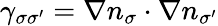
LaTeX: \gamma_{\sigma\sigma^{\prime}}=\nabla n_{\sigma}\cdot\nabla n_{\sigma^{\prime}}